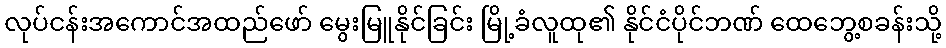
လုပ်ငန်းအကောင်အထည်ဖော် မွေးမြူနိုင်ခြင်း မြို့ခံလူထု၏ နိုင်ငံပိုင်ဘဏ် ထေဘွေ့စခန်းသို့